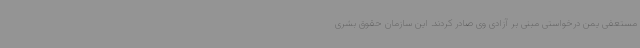
مستعفی یمن درخواستی مبنی بر آزادی وی صادر کردند. این سازمان حقوق بشری